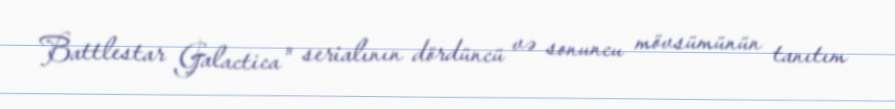
Battlestar Galactica" serialının dördüncü və sonuncu mövsümünün tanıtım